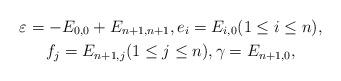
LaTeX: \begin{gather*}\varepsilon = - E_{0,0} + E_{n+1,n+1}, e_i = E_{i,0} (1 \leq i \leq n), \\f_j = E_{n+1,j} (1 \leq j \leq n), \gamma = E_{n+1,0},\end{gather*}